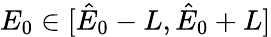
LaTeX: E_{0}\in[\hat{E}_{0}-L,\hat{E}_{0}+L]